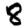
Digit: 8